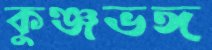
কুঞ্জভঙ্গ